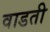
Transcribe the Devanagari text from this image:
वाडती